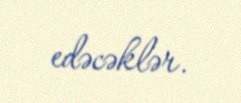
edəcəklər.